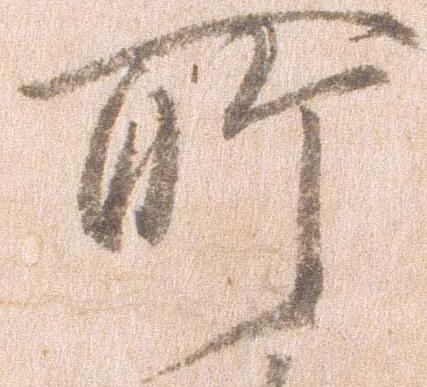
所